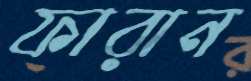
ফারান